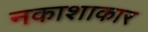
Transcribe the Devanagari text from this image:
नकाशाकार